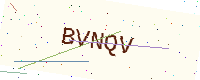
Text: BVNQV